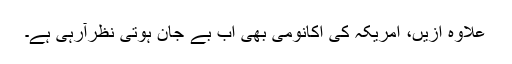
علاوہ ازیں، امریکہ کی اکانومی بھی اب بے جان ہوتی نظرآرہی ہے۔